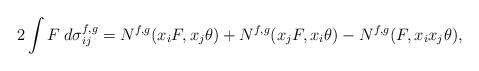
LaTeX: \begin{align*}2\int F\:d\sigma^{f,g}_{ij}=N^{f,g}(x_i F, x_j\theta)+N^{f,g}(x_jF, x_i\theta)-N^{f,g}(F, x_ix_j\theta),\end{align*}